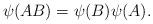
LaTeX: \begin{align*} \psi(AB)= \psi(B) \psi(A).\end{align*}